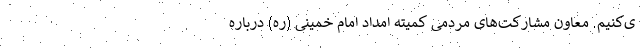
ی‌کنیم. معاون مشارکت‌های مردمی کمیته امداد امام خمینی (ره) درباره